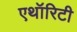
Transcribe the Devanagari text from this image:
एथॉरिटी